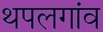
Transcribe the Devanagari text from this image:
थपलगांव